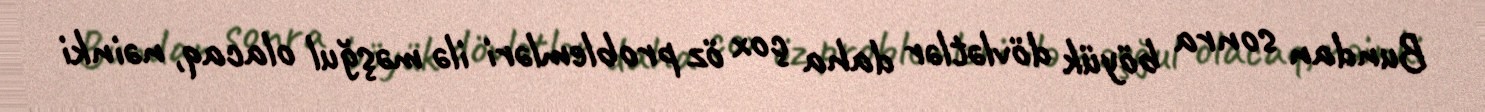
Bundan sonra böyük dövlətlər daha çox öz problemləri ilə məşğul olacaq, nəinki